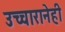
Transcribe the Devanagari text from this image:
उच्चारानेही